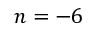
n = - 6